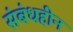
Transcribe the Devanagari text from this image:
संबंधहीन